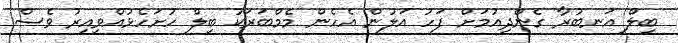
ބިލް އަނބުރާ ގެންދިއުމަށް ފަހު އަލުން އެހެން މެމްބަރަކު ބިލް ހުށަހެޅުއްވިއިރު ވެސް